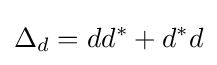
\Delta _{d}=dd^{*}+d^{*}d